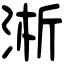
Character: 淅